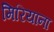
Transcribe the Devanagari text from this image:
मिरियाना